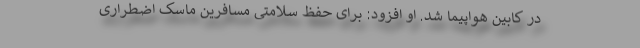
در کابین هواپیما شد. او افزود: برای حفظ سلامتی مسافرین ماسک اضطراری